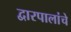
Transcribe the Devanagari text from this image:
द्वारपालांचे